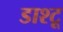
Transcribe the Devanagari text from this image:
डाश्टू